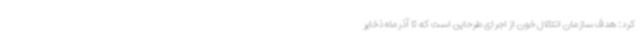
کرد: هدف سازمان انتقال خون از اجرای طرحاین است که تا آذرماه ذخایر